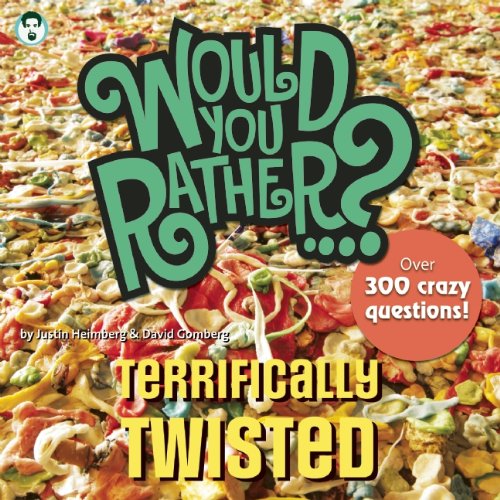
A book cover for Would You Rather...? Terrifically Twisted: Over 300 Crazy Questions!; Justin Heimberg; Children's Books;